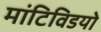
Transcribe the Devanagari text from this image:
मांटिविडयो